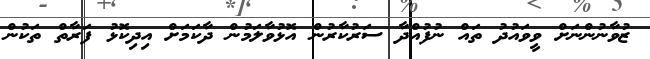
ޒުވާނުންނަށް ވީވައުދު ތައް ނުފުއްދާ ސަރުކާރުން އޮޅުވާލަމުން ދާކަމަށް އިދިކޮޅު ފަރާތް ތަކުން